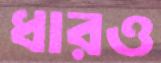
ধারও